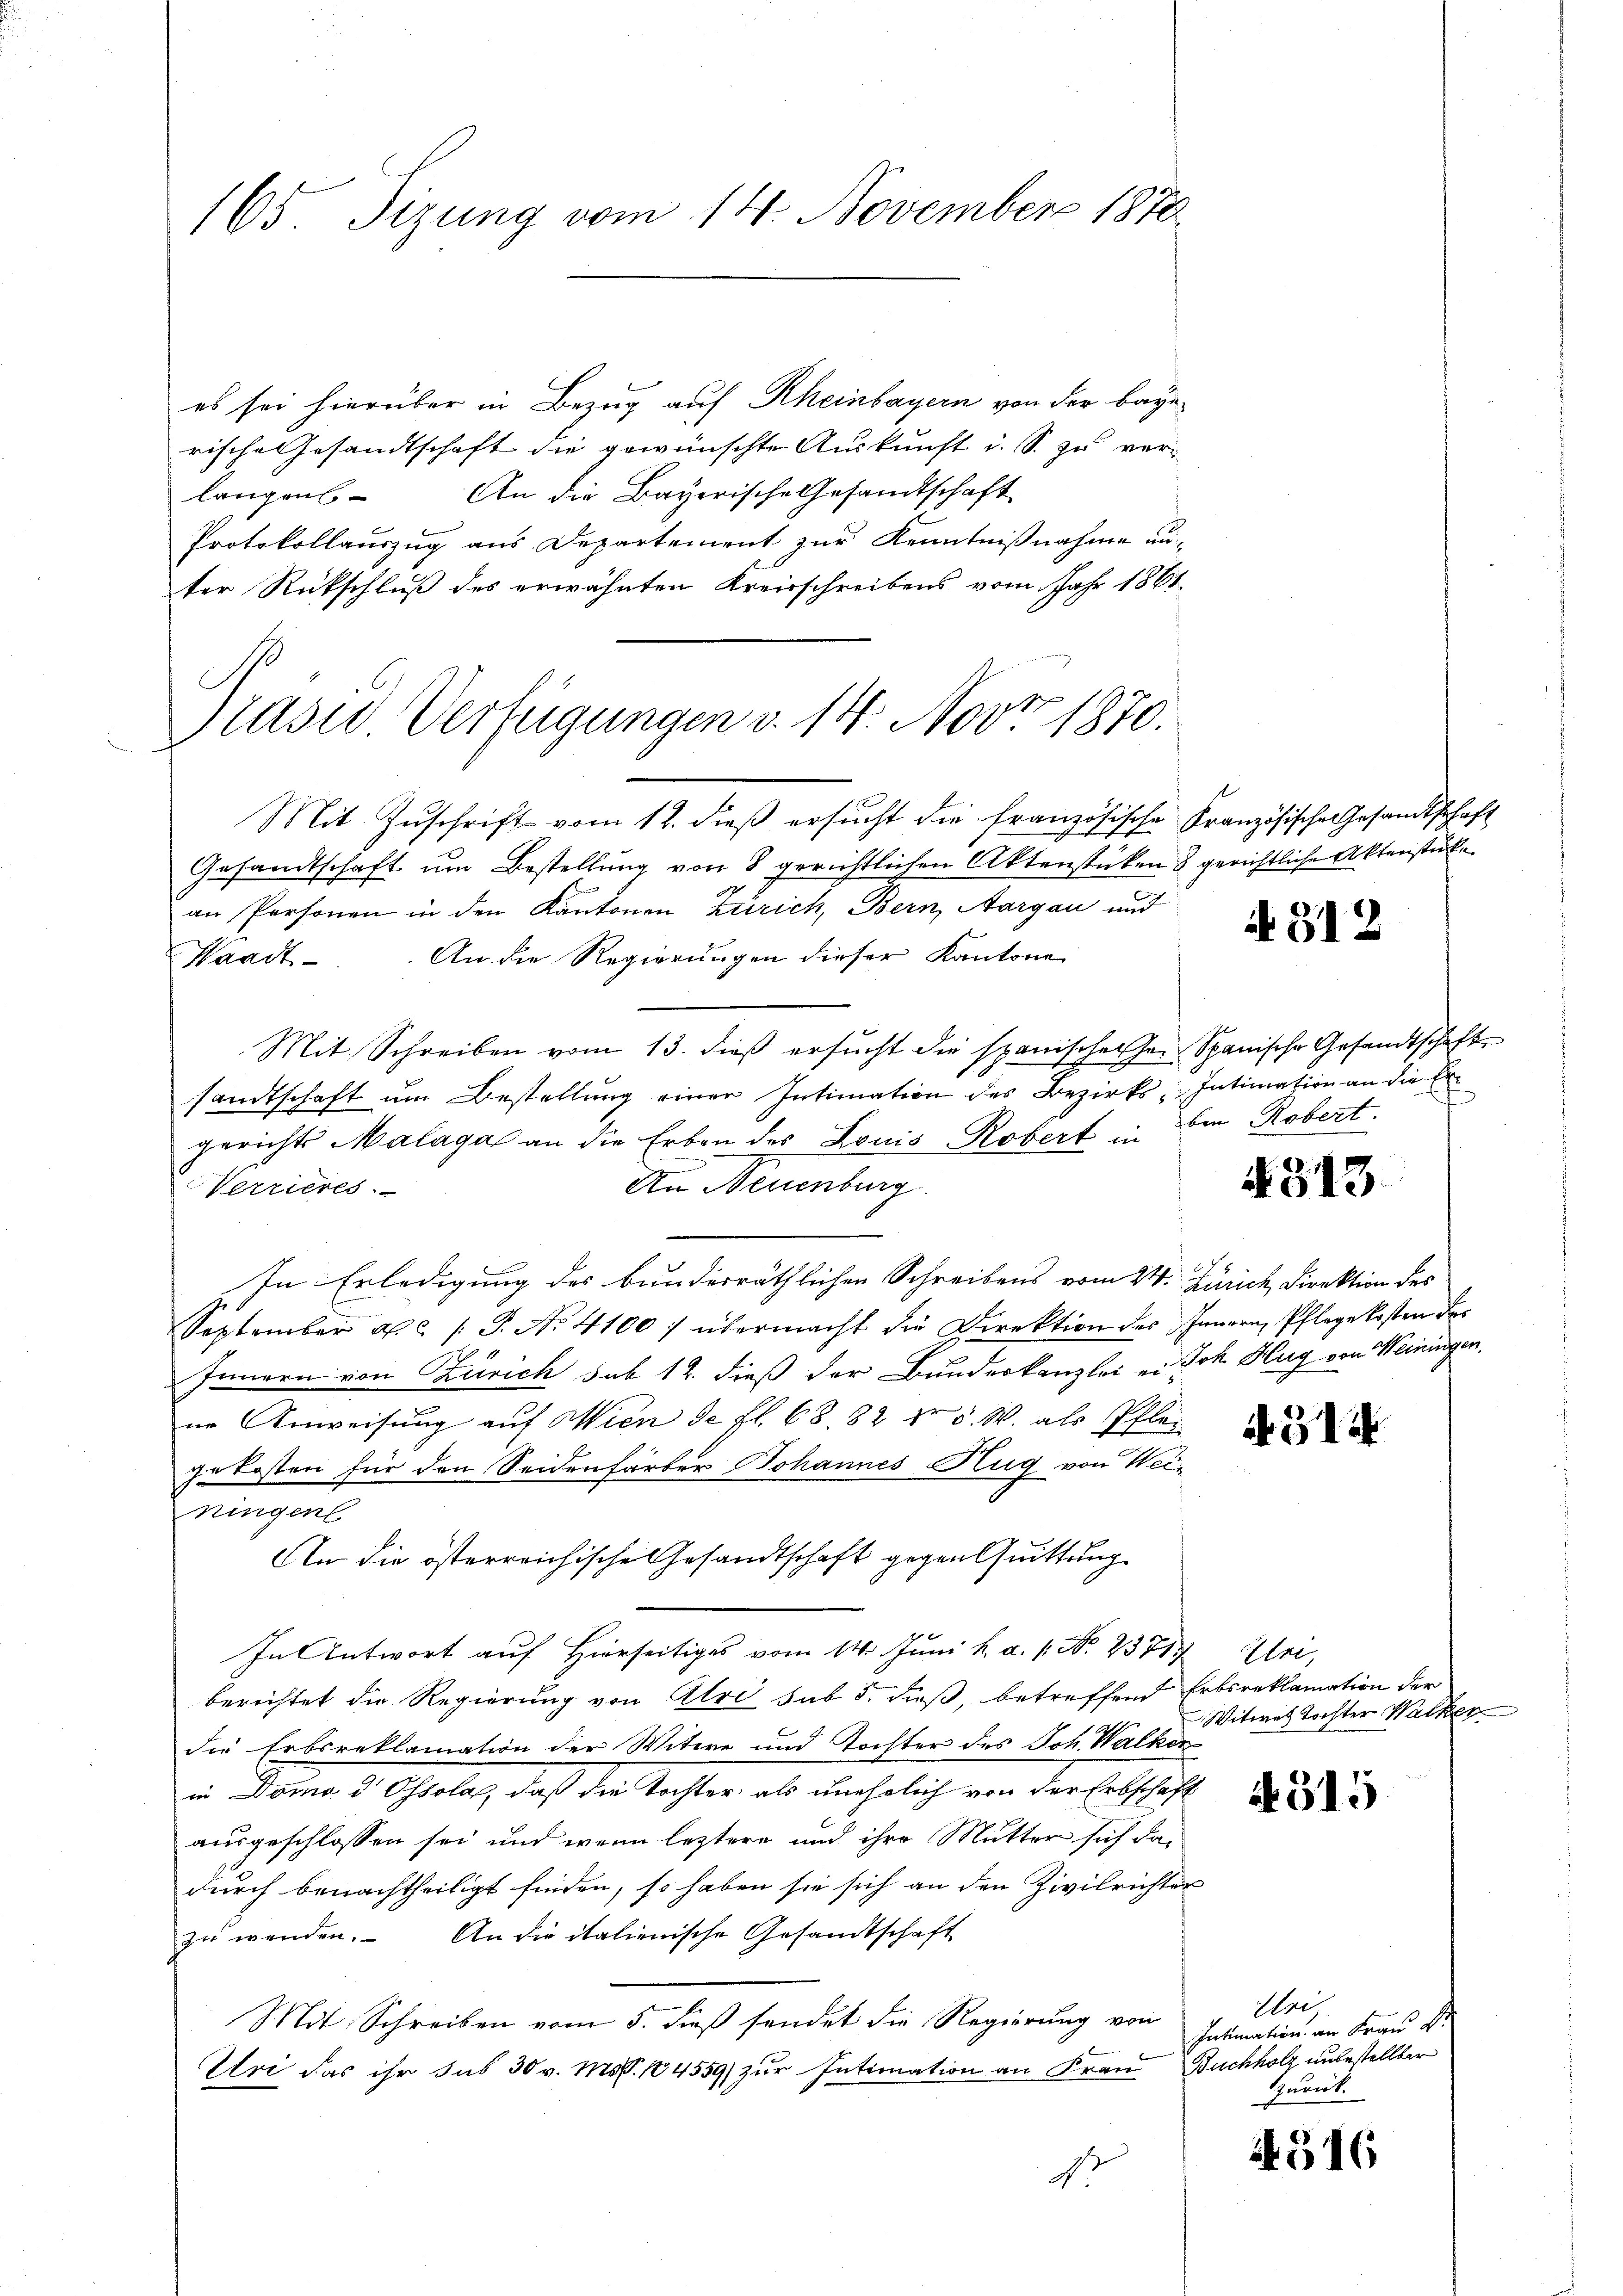
165. Sizung vom 14. November 1870.

es sei hierüber in Bezug auf Rheinbayern von der baye
rische Gesandtschaft die gewünschte Auskunft i. S. zu ver-
langen. An die Bayerische Gesandtschaft
Protokollauszug aus Departement zur Kenntnißnahme un-
ter Rückschluß des erwähnten Kreisschreibens vom Jahr 1881
Präsid Verfügungen v. 14. Nov. 1870.

Mit Zuschrift vom 12. dieß ersucht die französische Französische Gesandtschaft
Gesandtschaft um Bestellung von 8 gerichtlichen Aktenstücken & gerichtliche Aktenstücke
an Personen in den Kantonen Zürich, Bern, Aargau und
Waadt. An die Regierungen dieser Kantone
Mit Schreiben vom 13. dieß ersucht die spanischerher Spanische Gesandtschaft
sandtschaft um Bestellung einer Intimation des Bezirks-Intimation an die Ergerichts Malaga an die Erben des Louis Robert in den Robert.
An Neuenburg
Verrieres.
In Erledigung des bundesräthlichen Schreibens vom 24. Zürich Direktion des
September a. c. (T. No 4100 f übermacht die Direktion des Innern Pflege kosten der
Innern von Zürich sub 12. dieß der Bundeskanzlei ei Joh. Hug von Weiningen.
ne Anweisung auf Wien de fl. 68. 82 fr 5. W. als Pflegekosten für den Seidenfärber Johannes Hug von Weiningen
An die österreichische Gesandtschaft gegentuittung
In Antwort auf Hierseitiges vom 14. Juni h. a. 1. No. 23717, Uri,
berichtet die Regierung von Alri sub 5. dieß, betreffend Erbsreklamation der
die Erbsreklamation der Witwe und Tochter des Joh. Walken
in Domo d Oscolas, daß die Tochter als unehelich von der Erbschaft
ausgeschlossen sei und wenn leztere und ihre Mutter sich dadurch benachtheiligt finden, so haben sie sich an den Zivilrichter
zu wenden. An die italienische Gesandtschaft
Mit Schreiben vom 5. dieß sendet die Regierung von
Uri das ihr das 30 v. Ms. 14559) zur Intimation an Frau Buchholz unbestellter
d

A 312

§313.

A. 311

Witwes Tochter Wacker

A 315

Uri
Intimation am Frau St
zurück.

4516